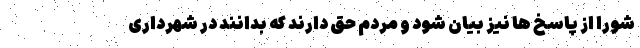
شورا از پاسخ ها نیز بیان شود و مردم حق دارند که بدانند در شهرداری